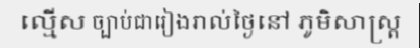
ល្មើស ច្បាប់ជារៀងរាល់ថ្ងៃនៅ ភូមិសាស្ត្រ